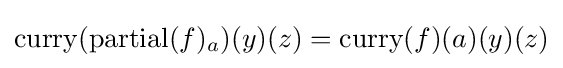
{\text{curry}}({\text{partial}}(f)_{a})(y)(z)={\text{curry}}(f)(a)(y)(z)